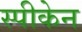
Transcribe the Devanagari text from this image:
स्पीकेन